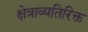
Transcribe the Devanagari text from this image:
क्षेत्राव्यतिरिक्त